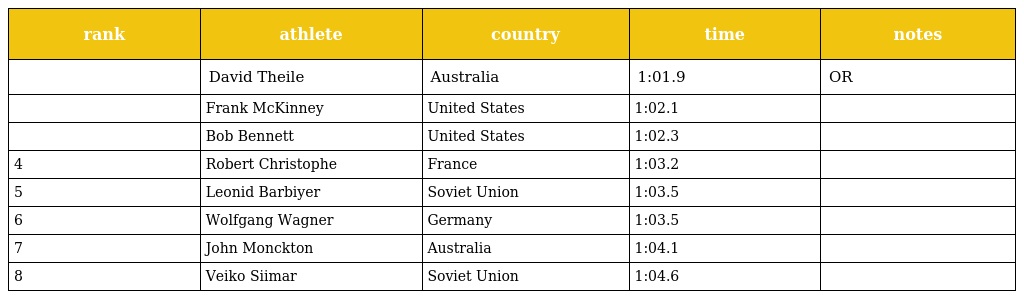
| rank | athlete | country | time | notes |
 | --- | --- | --- | --- | --- |
 |  | David Theile | Australia | 1:01.9 | OR |
 |  | Frank McKinney | United States | 1:02.1 |  |
 |  | Bob Bennett | United States | 1:02.3 |  |
 | 4 | Robert Christophe | France | 1:03.2 |  |
 | 5 | Leonid Barbiyer | Soviet Union | 1:03.5 |  |
 | 6 | Wolfgang Wagner | Germany | 1:03.5 |  |
 | 7 | John Monckton | Australia | 1:04.1 |  |
 | 8 | Veiko Siimar | Soviet Union | 1:04.6 |  |